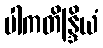
ပါကတိန္ဒြိယံ